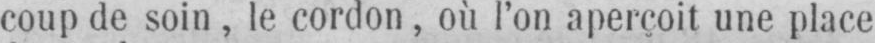
coup de soin, le cordon, où l’on aperçoit une place